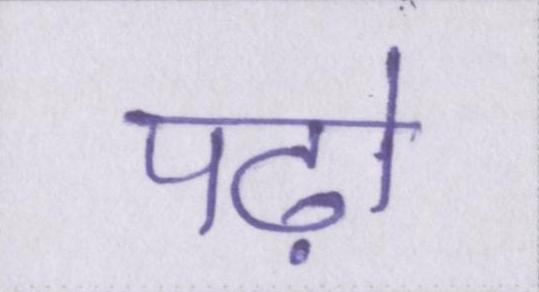
पढ़ो